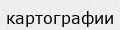
картографии